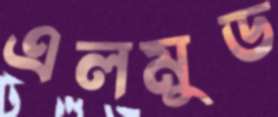
এলমুড